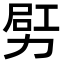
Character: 𠡿